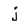
Character: j